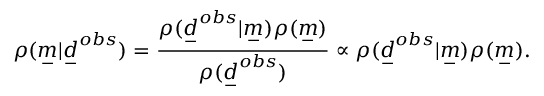
\rho ( \underset { - } { m } | \underset { - } { d } ^ { o b s } ) = \frac { \rho ( \underset { - } { d } ^ { o b s } | \underset { - } { m } ) \rho ( \underset { - } { m } ) } { \rho ( \underset { - } { d } ^ { o b s } ) } \propto \rho ( \underset { - } { d } ^ { o b s } | \underset { - } { m } ) \rho ( \underset { - } { m } ) .